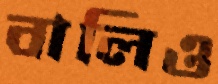
বালিও